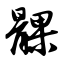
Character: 髁